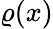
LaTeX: \varrho(x)